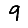
Digit: 9